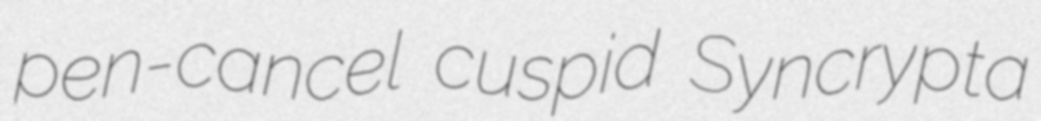
pen-cancel cuspid Syncrypta